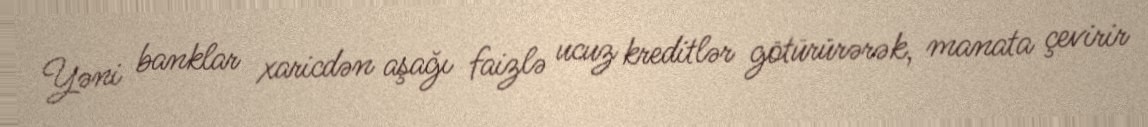
Yəni banklar xaricdən aşağı faizlə ucuz kreditlər götürürərək, manata çevirir